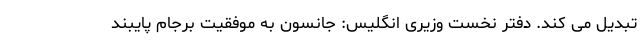
تبدیل می کند. دفتر نخست وزیری انگلیس: جانسون به موفقیت برجام پایبند